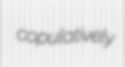
copulatively